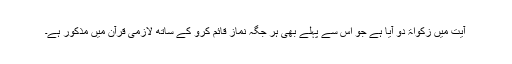
آیت میں زکواۃ دو آیا ہے جو اس سے پہلے بھی ہر جگہ نماز قائم کرو کے ساتھ لازمی قرآن میں مذکور ہے۔